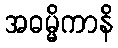
အဓမ္မိကာနိ